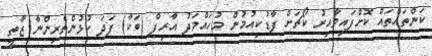
ކަންތައްތައް ކޮށްފައިވާއިރު ކޯޗަށް ފާޑުކިއުމުން މުހައްމަދު އާރިފް (ބަކާ) ފަދަ ކުޅުންތެރިންނާ ޒާތީ